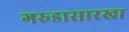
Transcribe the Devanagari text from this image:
गरुडासारखा